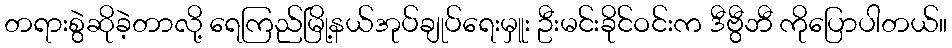
တရားစွဲဆိုခဲ့တာလို့ ရေကြည်မြို့နယ်အုပ်ချုပ်ရေးမှူး ဦးမင်းခိုင်ဝင်းက ဒီဗွီဘီ ကိုပြောပါတယ်။